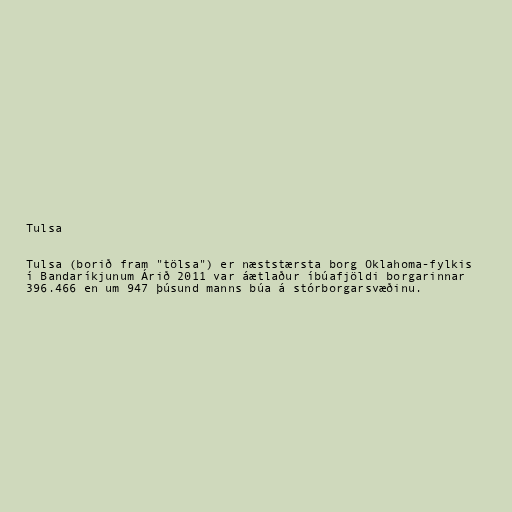
Tulsa

Tulsa (borið fram "tölsa") er næststærsta borg Oklahoma-fylkis
í Bandaríkjunum Árið 2011 var áætlaður íbúafjöldi borgarinnar
396.466 en um 947 þúsund manns búa á stórborgarsvæðinu.